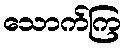
သောက်ကြ